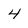
Character: 4